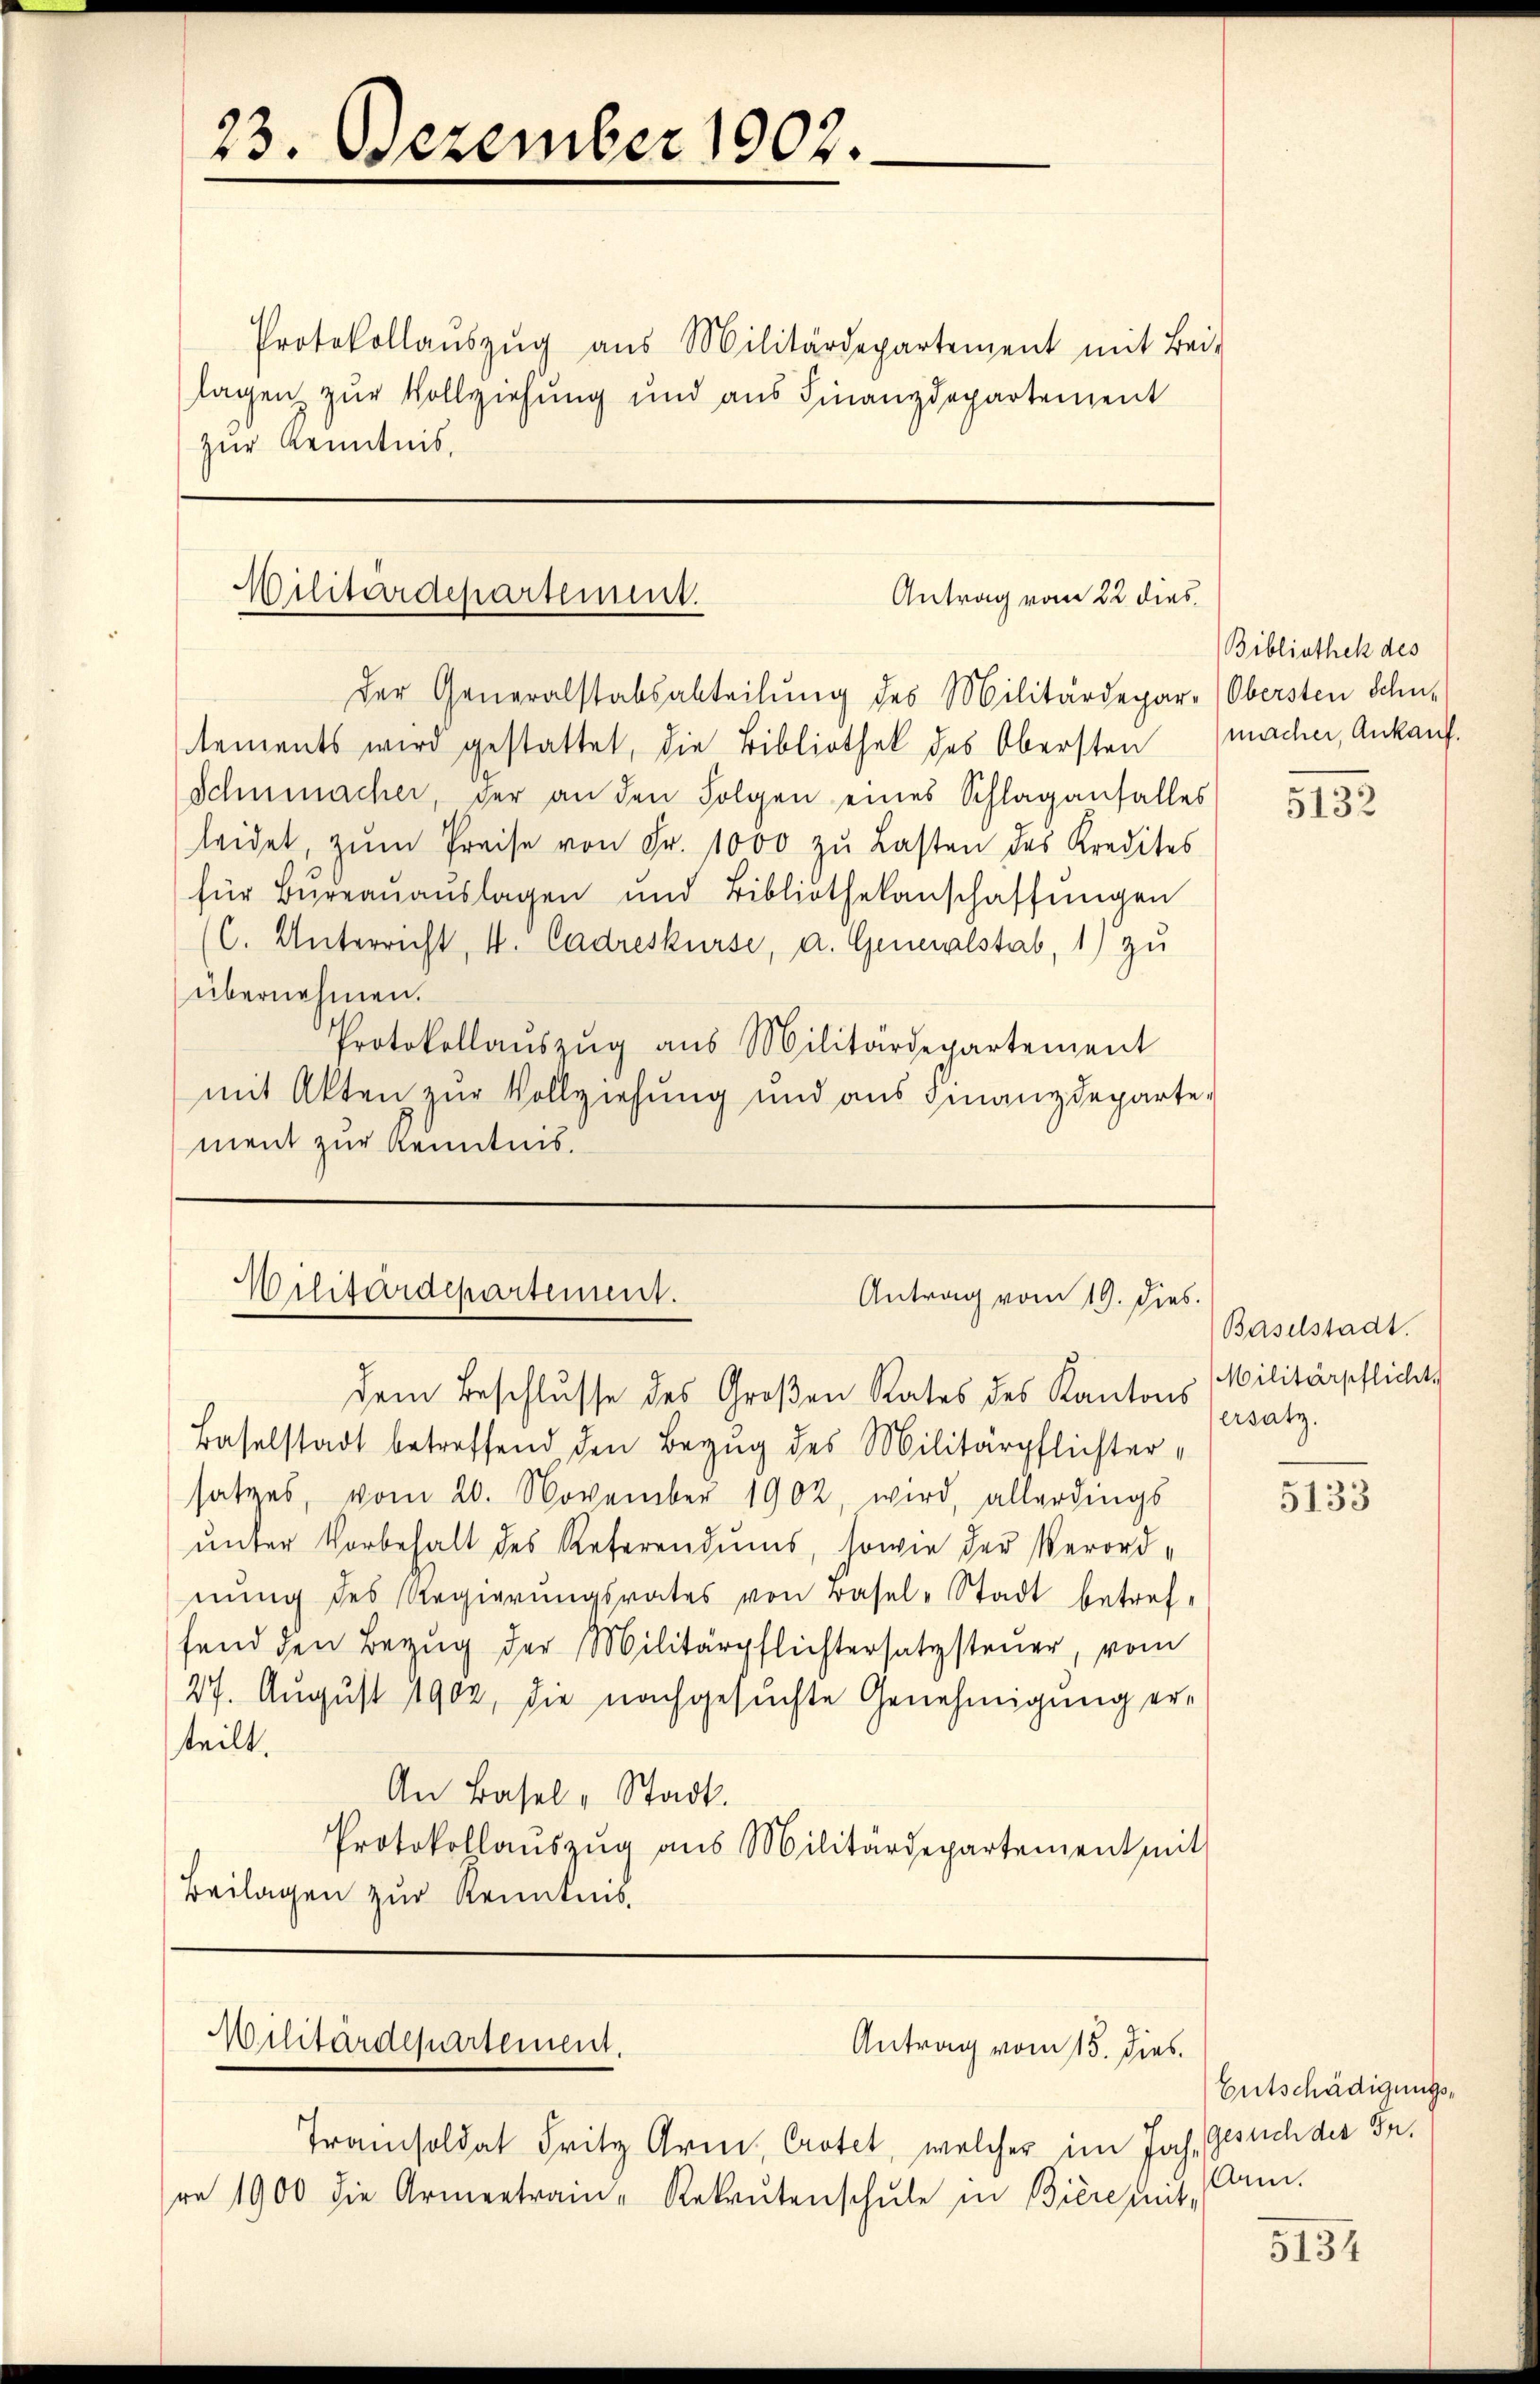
23. Dezember 1902.

Protokollaŭszŭg aŭs Militärdepartement mit Bei-
lagen zur Vollziehung und aus Finanzdepartement
zur Kenntnis,

Militärdepartement.
Antrag vom 22 dies

Der Generalstabsabteilung des Militärdepar- (Obersten Schu-
tements wird gestattet, die Bibliothek des Obersten
Schnmacher, der an den Folgen eines Schlaganfalles
leidet, zŭm Preise von Fr. 1000 zŭ Lasten des Kredites
für Büreaŭaŭslagen und Bibliothekanschaffŭngen
(C. Unterricht, 4. Cadreskurse, a. Generalstab, 1) zu
übernehmen.
Protokollaŭszŭg ans Militärdepartement
mit Akten zur Vollziehung und aus Finanzdeparte.
ment zur Kenntnis.

Militärdepartement.
Antrag vom 19. dies.

dem Beschlusse des Großen Rates des Kantons Militärpflichts
Baselstadt betreffend den Bezug des Militärpflichtersatzes, vom 20. November 1902 wird, allerdings
unter Vorbehalt des Referendums, sowie der Verordnŭng des Regierŭngsrates von Basel-Stadt betref-
fand den Bezŭg der Militärpflichtersatzsteuer, vom
27. August 1902, die nachgesuchte Genehmigung erteilt.
An Basel-Stadt.
Protokollaŭszŭg aŭs Militärdepartement mit
Beilagen zur Kenntnis.

Militärdepartement.
Antrag vom 15. dies

Tramisoldat Fritz Arn, Crotet, welcher im Joh. Gesuch der Fr.
re 1900 die Armentrain-Rekrutenschŭle in Bierennt-

Bibliothek des
macher, Ankauf.

5132

Baselstadt.
ersatz.

5133

Entschädigungs¬
Arn.

5134